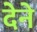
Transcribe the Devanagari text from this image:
देेने